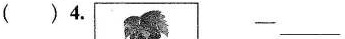
( )4. ——___